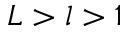
L > l > 1